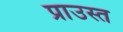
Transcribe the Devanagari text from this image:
प्राउस्त